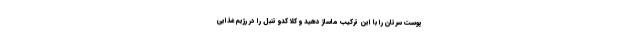
پوست سرتان را با این ترکیب ماساژ دهید و کلا کدو تنبل را در رژیم غذایی